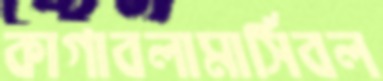
কাগাবলামার্সিবল